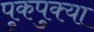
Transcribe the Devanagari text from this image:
पुकपुक्या